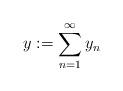
LaTeX: \begin{align*}y := \sum_{n=1}^\infty y_n\end{align*}